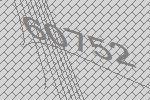
60752